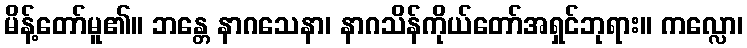
မိန့်တော်မူ၏။ ဘန္တေ နာဂသေနာ၊ နာဂသိန်ကိုယ်တော်အရှင်ဘုရား။ ကလ္လော၊